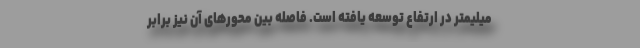
میلیمتر در ارتفاع توسعه یافته است. فاصله بین محورهای آن نیز برابر